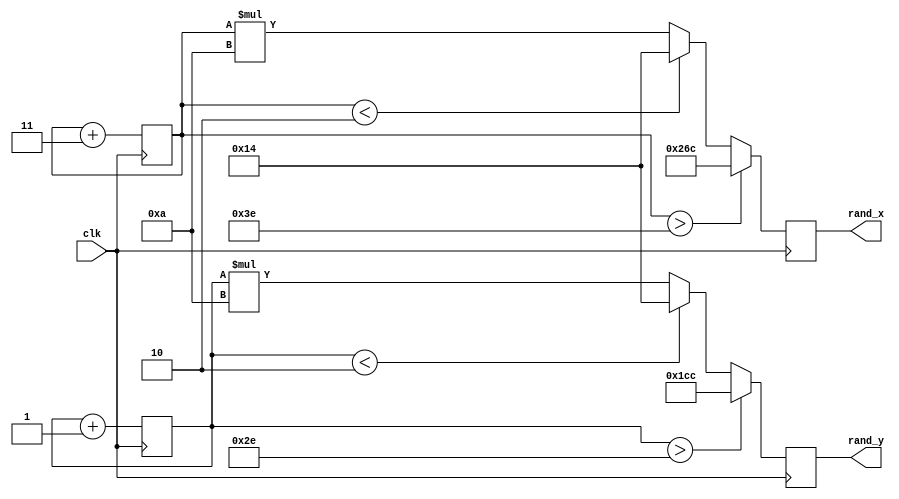
`timescale 1ns / 1ps
//////////////////////////////////////////////////////////////////////////////////
// Company: 
// Engineer: 
// 
// Design Name: 
// Module Name:    random_gen 
// Project Name: 
// Target Devices: 
// Tool versions: 
// Description: 
//
// Dependencies: 
//
// Revision: 
// Revision 0.01 - File Created
// Additional Comments: 
//
//////////////////////////////////////////////////////////////////////////////////
module random_gen(
	input clk,
	output reg [9:0] rand_x,
	output reg [9:0] rand_y
	);

	reg [5:0] point_x = 10, point_y = 10;

	always @(posedge clk)
		point_x <= point_x + 3;

	always @(posedge clk)
		point_y <= point_y + 1;

	always @(posedge clk)
	begin	
		if (point_x > 62)
			rand_x <= 620;
		else if (point_x < 2)
			rand_x <= 20;
		else
			rand_x <= (point_x * 10);
	end
	
	always @(posedge clk)
	begin	
		if(point_y>46)
			rand_y <= 460;
		else if (point_y<2)
			rand_y <= 20;
		else
			rand_y <= (point_y * 10);
	end
endmodule